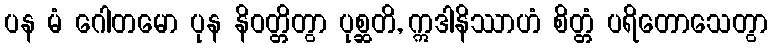
ပန မံ ဂေါတမော ပုန နိဝတ္တိတွာ ပုစ္ဆတိ, ဣဒါနိဿာဟံ စိတ္တံ ပရိတောသေတွာ